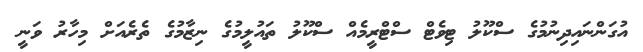
އުގަންނައިދިނުމުގެ ސްކޫލު ޓިވެޓް ސްޓްރީމެއް ސްކޫލު ތައުލީމުގެ ނިޒާމުގެ ތެރެއަށް މިހާރު ވަނީ